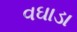
વઘાડા